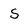
Character: s